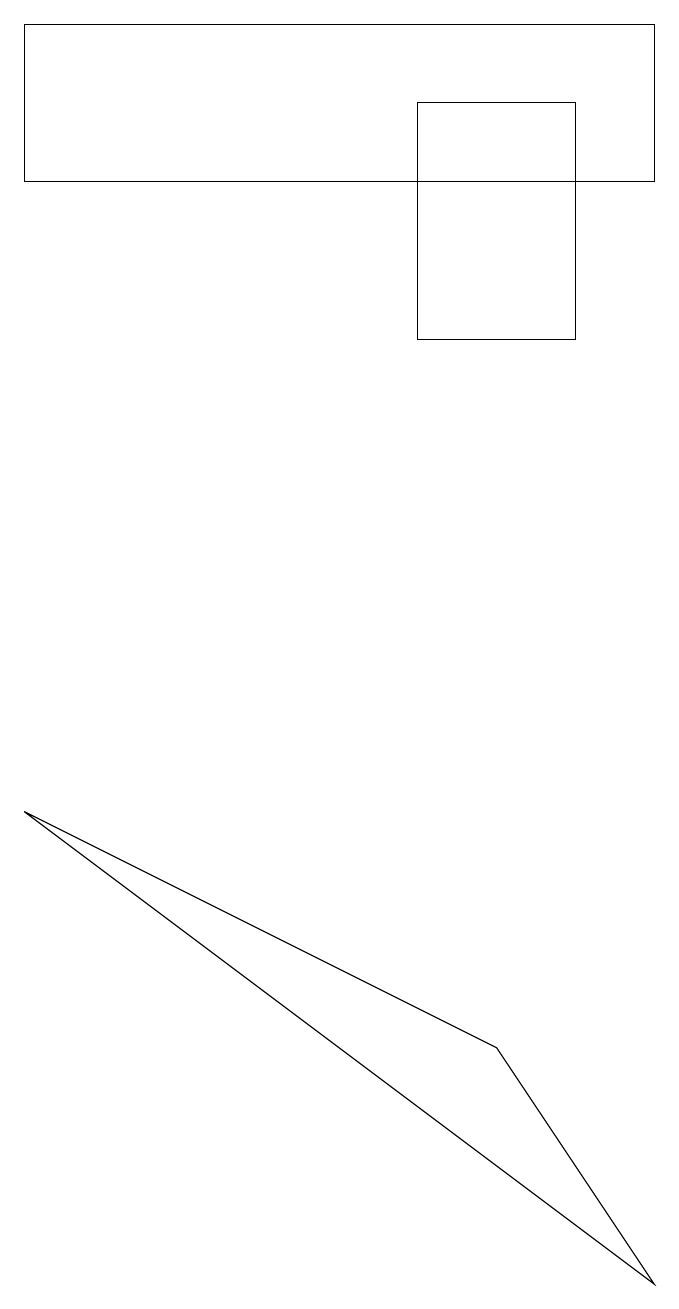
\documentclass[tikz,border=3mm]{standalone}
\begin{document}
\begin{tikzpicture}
\draw (5,17) rectangle (7,14);
\draw (8,18) rectangle (0,16);
\draw (8,2) -- (6,5) -- (0,8) -- cycle;
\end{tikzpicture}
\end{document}